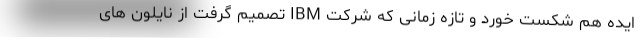
ایده هم شکست خورد و تازه زمانی که شرکت IBM تصمیم گرفت از نایلون های